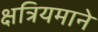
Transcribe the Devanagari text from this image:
क्षत्रियमाने